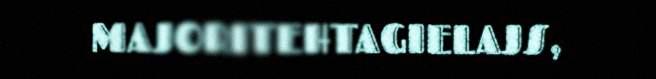
MAJORITEHTAGIELAJS,